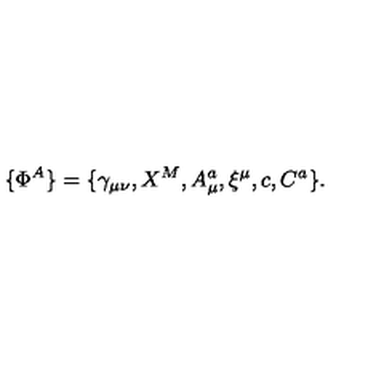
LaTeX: \{ \Phi ^ { A } \} = \{ \gamma _ { \mu \nu } , X ^ { M } , A _ { \mu } ^ { a } , \xi ^ { \mu } , c , C ^ { a } \} .